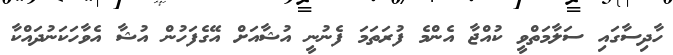
ހާދިސާގައި ސަލާމަތްވީ ކުއްޖާ އެންމެ ފުރަތަމަ ފެނުނީ އުޝާއަށް އޭގެފަހުން އުޝާ އެވާހަކަނުދައްކާ